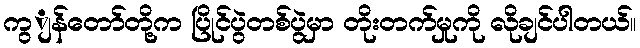
ကွျန်တော်တို့က ပြိုင်ပွဲတစ်ပွဲမှာ တိုးတက်မှုကို လိုချင်ပါတယ်။